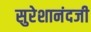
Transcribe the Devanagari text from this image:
सुरेशानंदजी